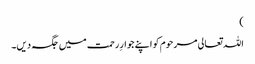
)
اللہ تعالی مرحوم کو اپنے جوارِ رحمت میں جگہ دیں۔